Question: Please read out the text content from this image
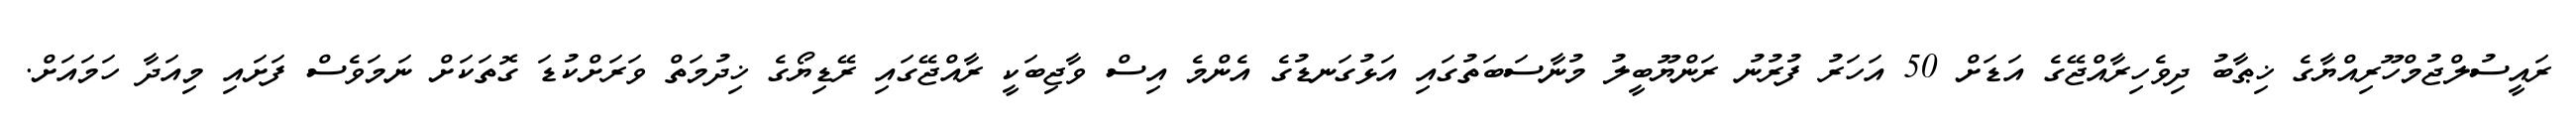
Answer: ރައީސުލްޖުމްހޫރިއްޔާގެ ޚިޠާބު ދިވެހިރާއްޖޭގެ އަޑަށް 50 އަހަރު ފުރުނު ރަންޔޫބީލު މުނާސަބަތުގައި އަޅުގަނޑުގެ އެންމެ އިސް ވާޖިބަކީ ރާއްޖޭގައި ރޭޑިޔޯގެ ޚިދުމަތް ވަރަށްކުޑަ ގޮތަކަށް ނަމަވެސް ފަށައި މިއަދާ ހަމައަށް.